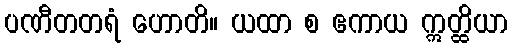
ပဏီတတရံ ဟောတိ။ ယထာ စ ဧကာယ ဣတ္ထိယာ